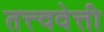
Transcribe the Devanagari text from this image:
तत्त्ववेत्ती